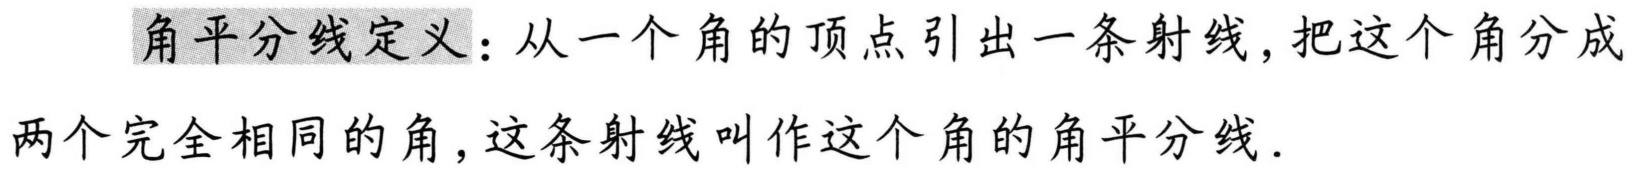
角平分线定义：从一个角的顶点引出一条射线，把这个角分成两个完全相同的角，这条射线叫作这个角的角平分线.